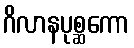
ဂိလာနပုစ္ဆကော